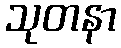
သုတနာ